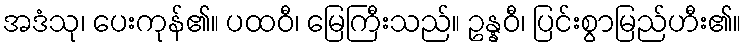
အဒံသု၊ ပေးကုန်၏။ ပထဝီ၊ မြေကြီးသည်။ ဥန္နဝီ၊ ပြင်းစွာမြည်ဟီး၏။